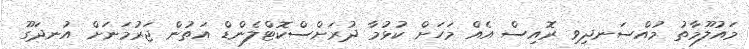
މައުލޫމާތު މުއްސަނދިވި ރޮއިސް އެއް މަހަށް ކުޅުމާ ދުރަށްސްކޮޓްލެންޑް އަތުން ޖަރުމަނަށް އުނދަގޫ